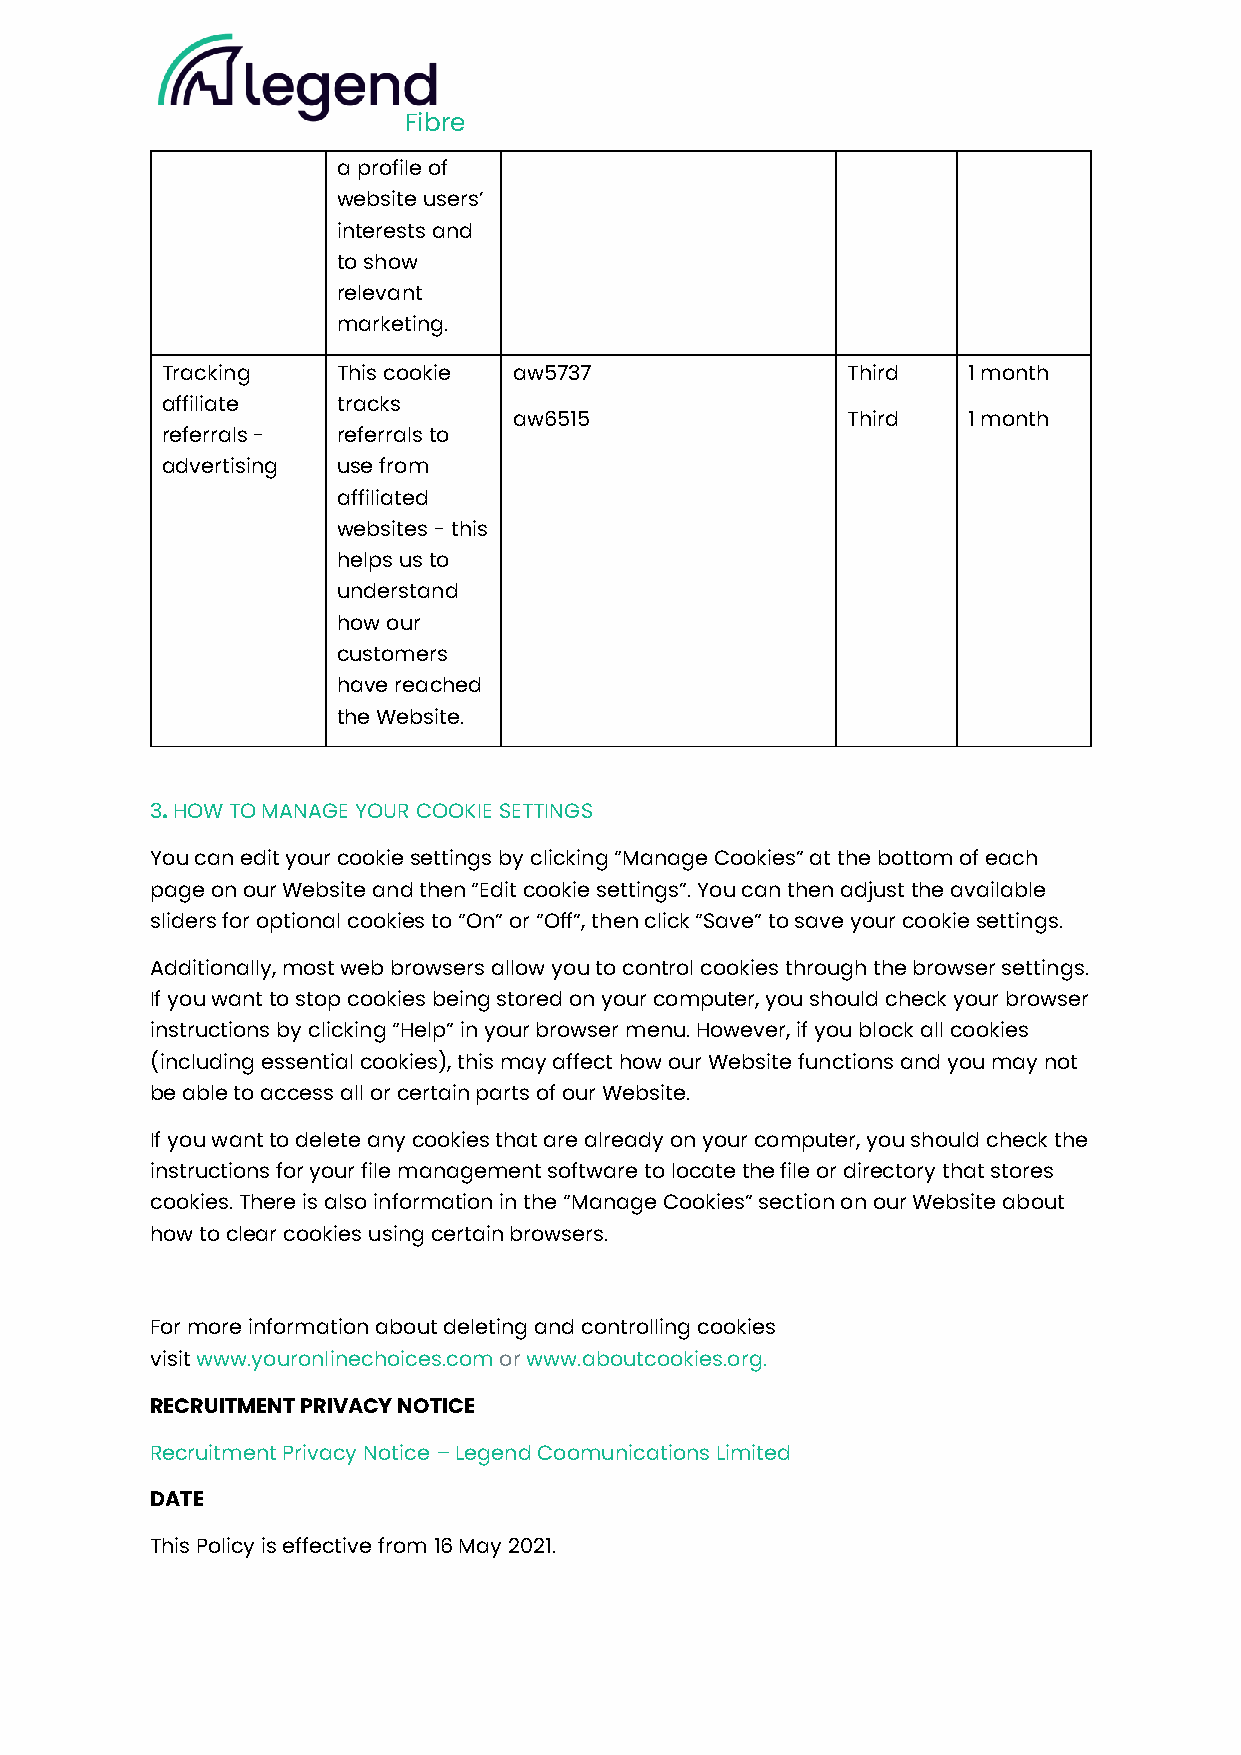
Fibre
 a profile of
 website users’
 interests and
 to show
 relevant
 marketing.
 Tracking   This cookie aw5737                Third   1 month
 affiliate  tracks
 aw6515                Third   1 month
 referrals - referrals to
 advertising use from
 affiliated
 websites - this
 helps us to
 understand
 how our
 customers
 have reached
 the Website.
 3. HOW TO MANAGE YOUR COOKIE SETTINGS
 You can edit your cookie settings by clicking “Manage Cookies” at the bottom of each
 page on our Website and then “Edit cookie settings”. You can then adjust the available
 sliders for optional cookies to “On” or “Off”, then click “Save” to save your cookie settings.
 Additionally, most web browsers allow you to control cookies through the browser settings.
 If you want to stop cookies being stored on your computer, you should check your browser
 instructions by clicking “Help” in your browser menu. However, if you block all cookies
 (including essential cookies), this may affect how our Website functions and you may not
 be able to access all or certain parts of our Website.
 If you want to delete any cookies that are already on your computer, you should check the
 instructions for your file management software to locate the file or directory that stores
 cookies. There is also information in the “Manage Cookies” section on our Website about
 how to clear cookies using certain browsers.
 For more information about deleting and controlling cookies
 visit www.youronlinechoices.com or www.aboutcookies.org.
 RECRUITMENT PRIVACY NOTICE
 Recruitment Privacy Notice – Legend Coomunications Limited
 DATE
 This Policy is effective from 16 May 2021.